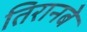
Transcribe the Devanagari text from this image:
तिरानबे